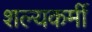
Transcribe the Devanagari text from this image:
शल्यकर्मी